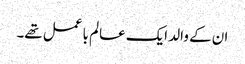
ان کے والد ایک عالم با عمل تھے۔